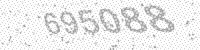
Solution: 695088